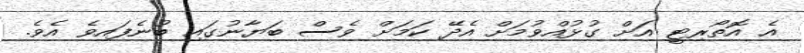
އެ އޮތޯރިޓީ އަށް ގުޅުއްވުމަށް އެދޭ ކަމަށް ވެސް ބަޔާނުގައި ބުނެފައިވެ އެވެ.